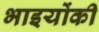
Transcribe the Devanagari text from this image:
भाइयोंकी